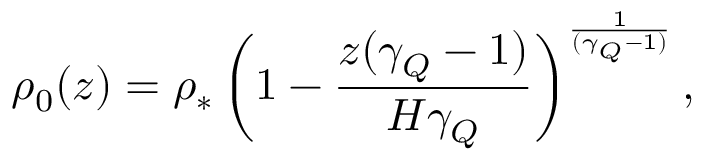
\rho _ { 0 } ( z ) = \rho _ { * } \left( 1 - \frac { z ( \gamma _ { Q } - 1 ) } { H \gamma _ { Q } } \right) ^ { \frac { 1 } { ( \gamma _ { Q } - 1 ) } } ,